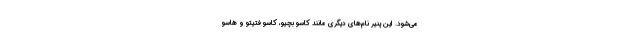
می‌شود. این پنیر نام‌های دیگری مانند کاسو بچیو، کاسو فَتیتو و هاسو